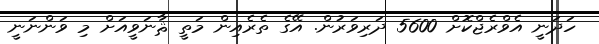
ހަދަނީ އެވްރެޖްކޮށް 5600 ދަރިވަރުން. އޭގެ ތެރެއިން މަތީ ޘާނަވީއަށް މި ވަންނަނީ